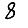
Digit: 8